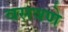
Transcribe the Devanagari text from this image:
वसवणे